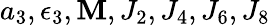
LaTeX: a_{3},\epsilon_{3},\mathbf{M},J_{2},J_{4},J_{6},J_{8}